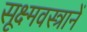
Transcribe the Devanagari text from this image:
सूक्ष्मवस्त्रानें